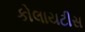
કોલાયટીસ